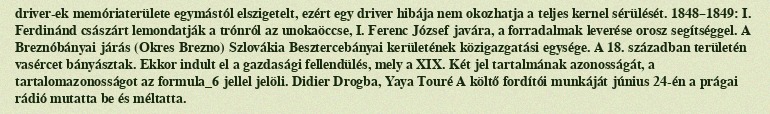
driver-ek memóriaterülete egymástól elszigetelt, ezért egy driver hibája nem okozhatja a teljes kernel sérülését. 1848–1849: I. Ferdinánd császárt lemondatják a trónról az unokaöccse, I. Ferenc József javára, a forradalmak leverése orosz segítséggel. A Breznóbányai járás (Okres Brezno) Szlovákia Besztercebányai kerületének közigazgatási egysége. A 18. században területén vasércet bányásztak. Ekkor indult el a gazdasági fellendülés, mely a XIX. Két jel tartalmának azonosságát, a tartalomazonosságot az formula_6 jellel jelöli. Didier Drogba, Yaya Touré A költő fordítói munkáját június 24-én a prágai rádió mutatta be és méltatta.